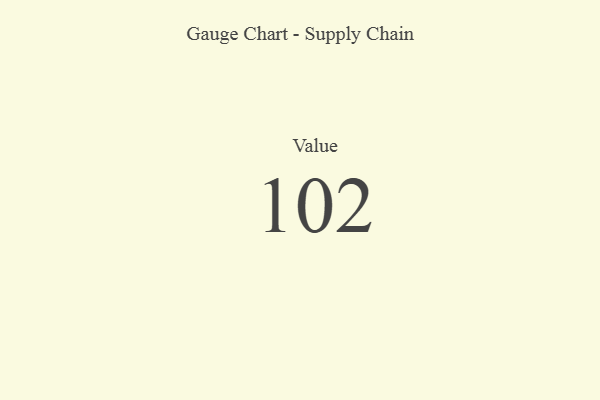
{"axis": {"x": "Metric", "y": "Value"}, "legend": [""], "data": [{"x": "Value", "y": 102, "type": ""}]}